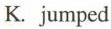
K. jumped